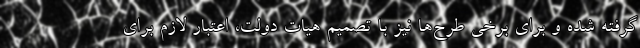
گرفته شده و برای برخی طرح‌ها نیز با تصمیم هیات دولت، اعتبار لازم برای